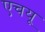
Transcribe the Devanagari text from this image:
एचयू